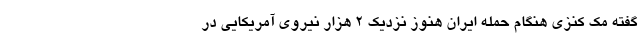
گفته مک کنزی هنگام حمله ایران هنوز نزدیک 2 هزار نیروی آمریکایی در